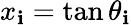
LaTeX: x_{\mathbf{i}}=\tan\theta_{\mathbf{i}}